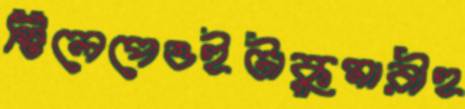
স্টিলেপেওইটাকুমারীহ